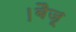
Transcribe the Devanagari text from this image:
।बैजू